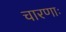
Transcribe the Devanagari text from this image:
चारणाः